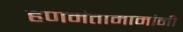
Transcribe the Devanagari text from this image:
हणमंतामामांनी